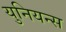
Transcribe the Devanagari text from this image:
युनियन्स